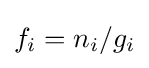
f_{i}=n_{i}/g_{i}